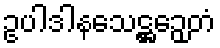
ဥပါဒါနသေဋ္ဌဉှေတံ